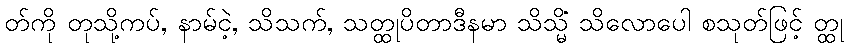
တ်ကို တုသို့ကပ်, နာမ်ငဲ့, သိသက်, သတ္ထုပိတာဒီနမာ သိသ္မိံ သိလောပေါ စသုတ်ဖြင့် တ္ထု